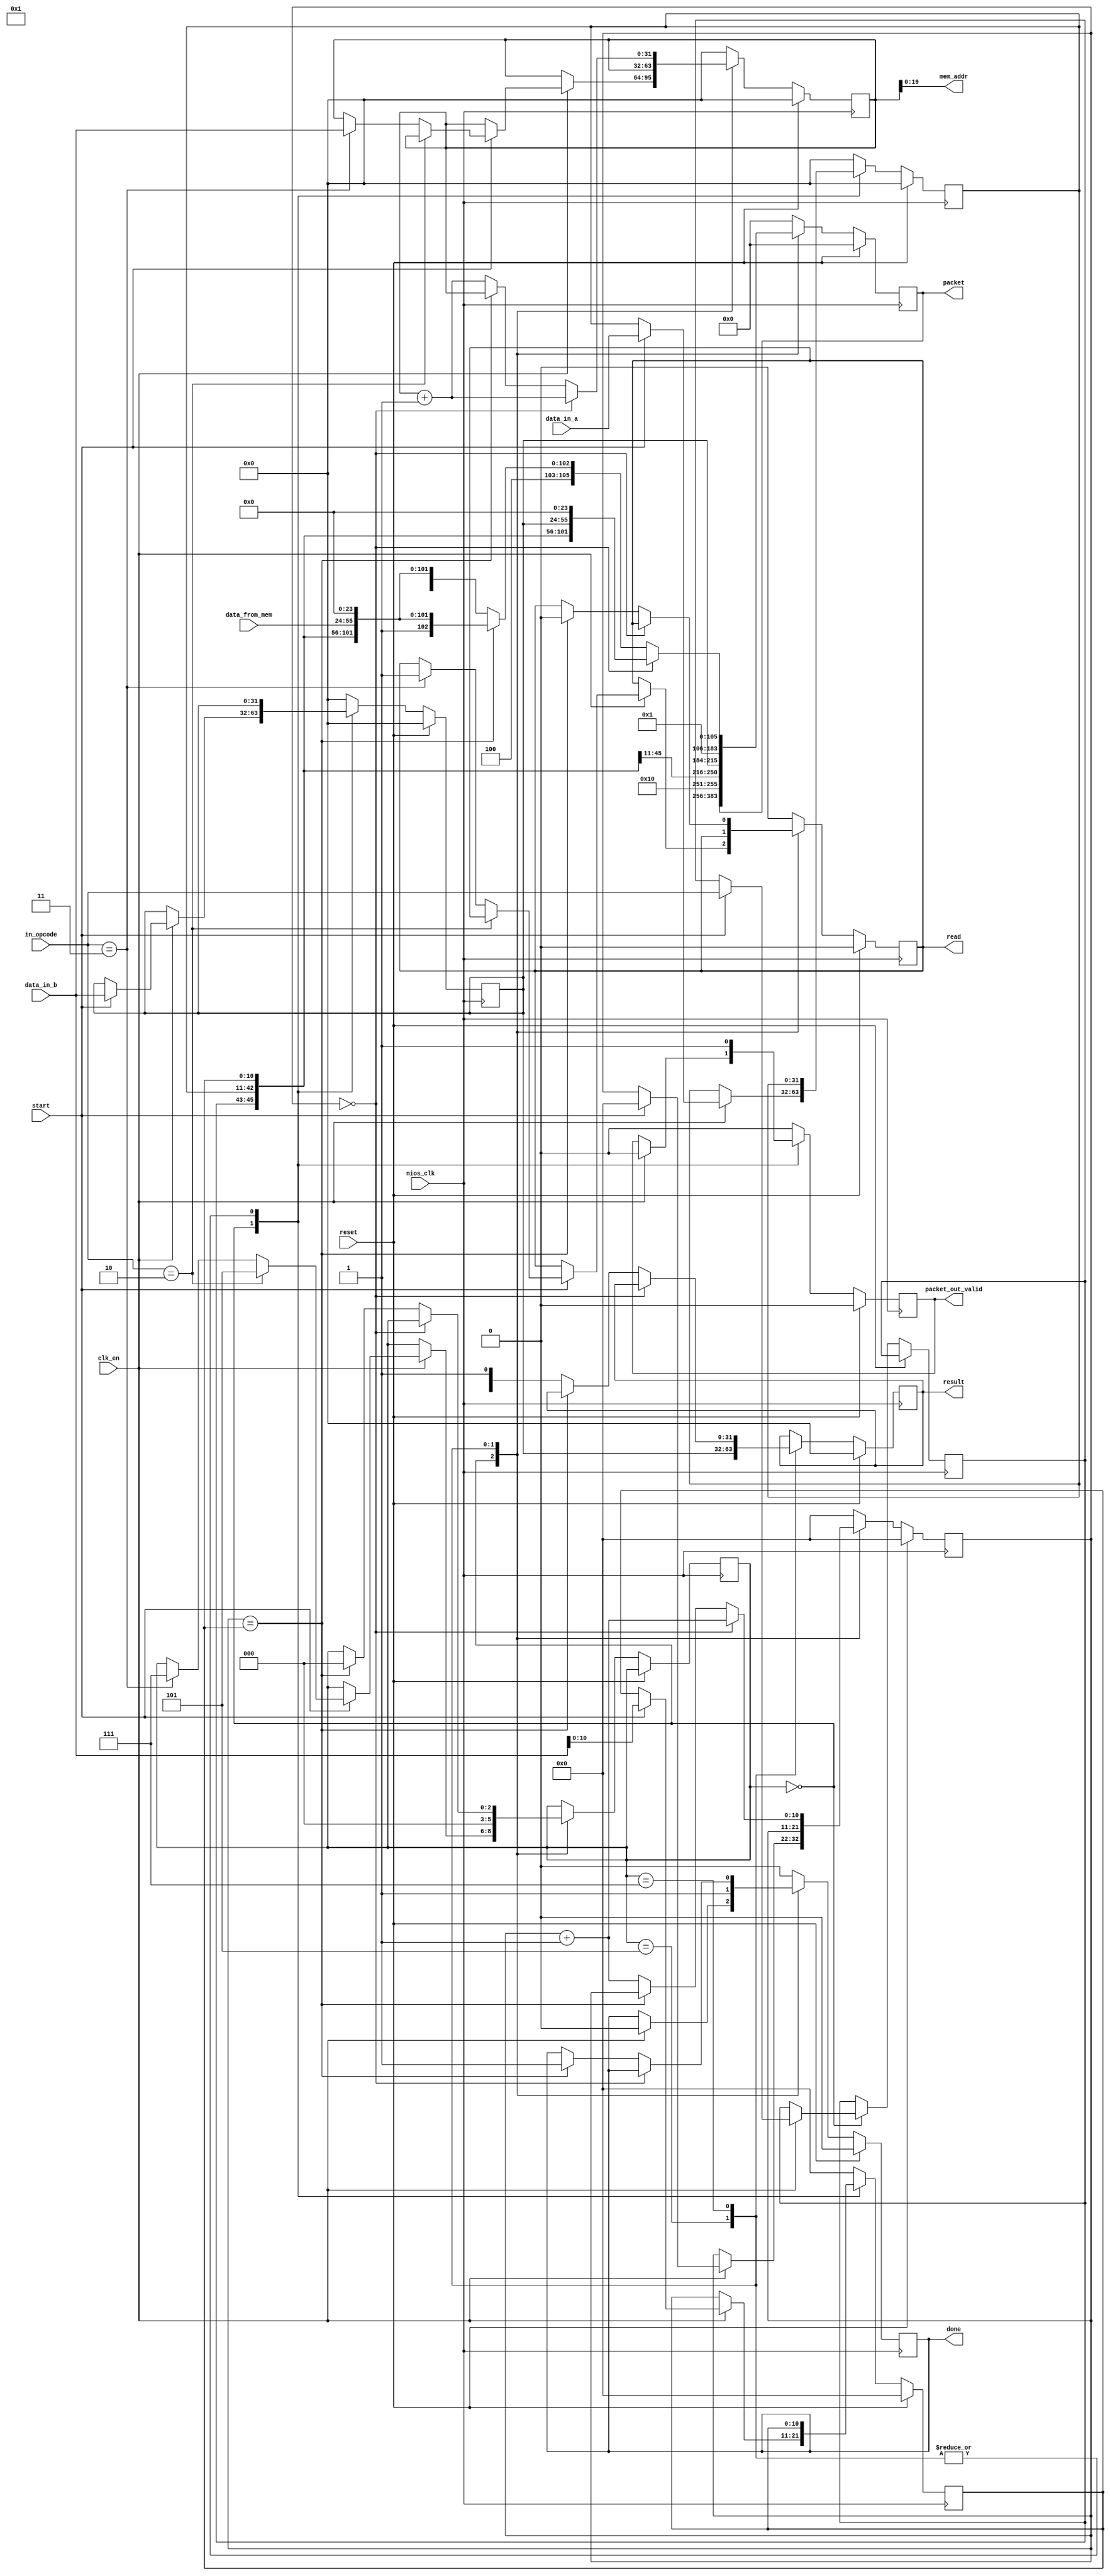
module acc_send #(
		parameter cpu_width = 32,
		parameter packetizer_width = 128,
		parameter data_width = 32,
		parameter mem_width = 32,
		parameter mem_depth = 11,
		parameter threshold  = 1,
		parameter SIZE = 3
	) (
		input  wire        nios_clk,   // in_clk_0.clk
		input  wire 		 clk_en,
		input  wire        reset, // in_rst_0.reset
		input  wire [31:0] data_in_a,      //     header
		input  wire [31:0] data_in_b,      //     data or pointer to data
		input  wire [2:0]  in_opcode,     //    mpi type  
		input  wire 		 start,
		output wire [31:0] result,
		output wire 		 done,   
		/////////////////these goes to the router///////////////////////////////
		output reg [packetizer_width-1:0] packet,
	   output     packet_out_valid,	
	   //input wire 	[packetizer_width-1:0] packet_in
		/////////////////these goes to the main memory//////////////////////////
		
		output wire [19:0] mem_addr,
		input  wire [data_width-1:0]   data_from_mem,   
		output wire read //same as chipselect here, only for interfacing as avalon memory mapped master
		
		/////////////////these comes from router///////////////////////////////
		//input wire hold
		
	);
	
	reg   [SIZE-1:0]          state, next_state        ;
	reg   [10:0]				  size, tag;
	reg   [data_width-1:0]    head, pointer;
	wire  [10:0]				  tag_w;
	reg 	[data_width-1:0] 	  read_addr;//these goes to mem ctrl
	reg        					  read_mem_valid, done_r, done_r_2;
	wire [data_width-1:0]	  data;
	//assign mem_clk = nios_clk;
	//assign mem_reset = reset;
	localparam WAIT = 3'b000,
				  //STORE = 3'b001,
				  CHECK = 3'b010,				  				  
				  RNDV = 3'b011,   //long message, generate and send RTS to dst node, and wait for CTS message
				  MEM = 3'b100,	//when receive CTS, jump from RNDV to this one
				  SEND_Eager = 3'b101,
					SEND = 3'b111;
	//state machine 
	always @ (posedge nios_clk)
	begin : FSM_REQ
		if (reset == 1'b1) begin
			done_r_2 <= 1'b0;
		end else begin
			done_r_2 = done_r;
		end 
	end
	//***********CTS
	//reg   CTS;
	//reg [26:0] cts_new_info;
	//***********opcode
	reg [2:0] opcode;
	reg [31:0] result_r;
	/*
	always @ (posedge nios_clk)
	begin : FSM_CTS
		if (reset == 1'b1 || done == 1'b0) begin
			CTS <= 0;
			cts_new_info <= 27'b0;
		end else if (packet_in[127:123] == 5'b01110) begin  //CTS coming 
			cts_new_info <= packet_in[103:77];
			CTS <= 1;
		end 
	end
	*/
/*	
	always @ (state or start or tag or size or CTS)
	begin : STATE_DIAGRAM
		case (state)
			WAIT: begin
			   done_r = 1'b0;
				if (clk_end) begin	
					if (start) begin 
						if (size > threshold) 
							state = RNDV;
						else 
							state = SEND_Eager;
					end
				end
			end
			SEND_Eager: begin					
				   state = WAIT;
					done_r = 1'b1;
			end 
			RNDV: begin
				done_r = 1'b0;
		      if (CTS)
					state = MEM;
			end
			MEM: begin
				state = SEND;
			end
			SEND: begin
				if (tag == size-1) begin
					state = WAIT;
					done_r = 1'b1;
				end
			end
			default: begin
				state = WAIT;
			end
		endcase
	end
	*/
	reg [10:0] counter;
	reg data_valid;
	always @ (posedge nios_clk)
	begin : OUT_PUT
		if (reset == 1'b1) begin
			head = 32'b0;
			pointer = 32'b0;
			size = 11'b0;
			packet = 128'b0;
			counter = 'b0;
			read_mem_valid = 1'b0;
			read_addr = 32'b0;
			result_r = 32'b0;
			done_r = 1'b0;
			data_valid = 1'b0;
			
		end else begin
			case (state)
				WAIT: begin
					if (clk_en) begin
					data_valid = 1'b0;
					done_r = 1'b0;
						if (start) begin
							head = data_in_a;		//store the type, source, dst of the data 
							pointer = data_in_b; //store pointer to the data in memory/ when it is eager, this is the actual data
							size = data_in_b[10:0];
							base_addr = data_in_b[31:11]; //added for datatype paper
							opcode = in_opcode;
							if (in_opcode == 3'b010)  begin //eager
								state = SEND_Eager;
							end
							else if (in_opcode == 3'b011)	begin
								read_addr = data_in_b;
								read_mem_valid = 1'b1;
								state = SEND;
							end
							/*********memory part******** read memory*/
							counter = 'b0;	
					   end
					end
				end
				
				SEND_Eager: begin
					packet = {5'b10000, opcode, head, pointer, 45'b0, 11'b0}; //data packet 5'b, 3'b, 32, 32, 45 ,11
					data_valid = 1'b1;
					result_r = pointer;
					
					state = WAIT;	
					done_r = 1'b1;
				end			
				/*
				RNDV: begin //generate RTS
					packet = {5'b10001, opcode, head, size, 77'b0};  //RTS packet starts with 5'b10001,3'bopcode,32'bhead,size, 77'b0;
					//if (CTS)
					data_valid = 1'b1;
					state = MEM;
				end
				*/
				/*
				MEM: begin
				   data_valid = 1'b0;
					read_addr = pointer;
					read_mem_valid = 1'b1;	
					
				end */
				SEND: begin
					if (counter == 0) begin //header
						packet = {5'b10001, opcode, head, size, pointer, 24'b0}; //data packet 5'b, 3'b, 32, 32, 45 ,11
						data_valid = 1'b1;
						counter = counter + 'b1;
						read_addr = read_addr+'b1;
					end
					else if (counter == size) begin
						state = WAIT;
						done_r = 1'b1;
						read_mem_valid = 1'b0;
						packet = {5'b11001, opcode, head, size, data_from_mem, 24'b0}; //data packet 5'b, 3'b, 32, 32, 45 ,11
						data_valid = 1'b1;
						
					end else begin
						result_r = data;
						data_valid = 1'b1;
						packet = {5'b11000, opcode, head, size, data_from_mem, 24'b0}; //data packet 5'b, 3'b, 32, 32, 45 ,11
						counter = counter + 'b1;					
						read_addr = read_addr+'b1;
					end 
				end
				
				default: begin
					data_valid = 1'b0;

					head = 32'b0;
					pointer = 32'b0;
					size = 11'b0;
					packet = 128'b0;
					done_r = 1'b0;

					/*********memory part********/
					counter = 'b0;
					read_mem_valid = 1'b0;
					read_addr = 32'b0;
				end
			endcase 
		end 
	end
assign mem_addr = read_addr;
assign done = done_r;
assign result = result_r;
assign packet_out_valid = data_valid;
assign read = read_mem_valid;
/*
mem mem_main(nios_clk, reset,hold, read_addr, read_mem_valid&&(~hold), data, tag_w, 
				read, mem_addr, data_from_mem); //THIS LINE needs to go all the way to the top level of the accelerator
*/	
endmodule